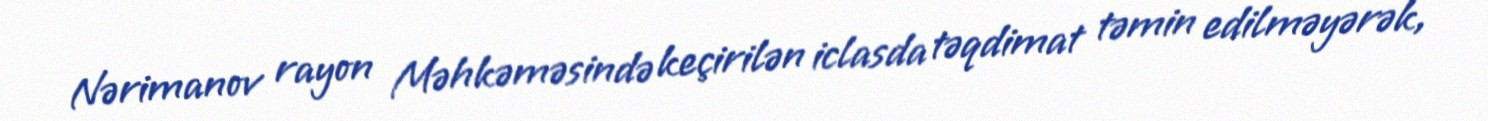
Nərimanov rayon Məhkəməsində keçirilən iclasda təqdimat təmin edilməyərək,